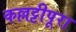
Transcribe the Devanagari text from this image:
कल्लट्टीपूरा